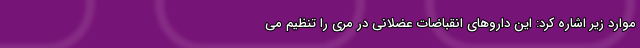
موارد زیر اشاره کرد: این داروهای انقباضات عضلانی در مری را تنظیم می